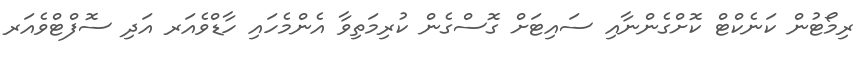
ރިމޯޓުން ކަނެކްޓް ކޮށްގެންނާއި ސައިޓަށް ގޮސްގެން ކުރިމަތިވާ އެންމެހައި ހާޑްވެއަރ އަދި ސޮފްޓްވެއަރ